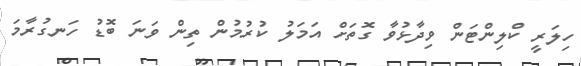
ހިލަރީ ކްލިންޓަން ވިދާޅުވާ ގޮތަށް އަމަލު ކުރުމުން ތިން ވަނަ ބޮޑު ހަނގުރާމަ